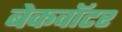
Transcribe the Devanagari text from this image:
बेकवॉटर